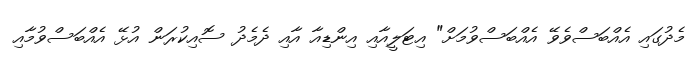
މެދުގައި އެއްބަސްވެވޭ އެއްބަސްވުމަށް" އިޓަލީއާއި އިންޑިއާ އާއި ދެމެދު ސޮއިކުރަން އުޅޭ އެއްބަސްވުމާއި